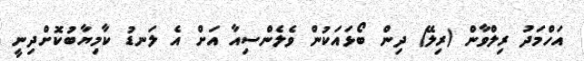
އަހްމަދު ރިލްވާން (ރިލޭ) ދިން ބޯޅައަކުން ވެލެންސިއާ އަށް އެ ލަނޑު ކާމިޔާބުކޮށްދިނީ